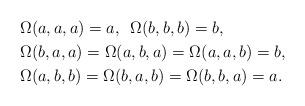
LaTeX: \begin{align*} &\Omega(a,a,a)=a, \,\,\,\Omega(b,b,b)=b,\\ &\Omega(b,a,a)=\Omega(a,b,a)=\Omega(a,a,b)=b, \\ &\Omega(a,b,b)=\Omega(b,a,b)=\Omega(b,b,a)=a.\\ \end{align*}